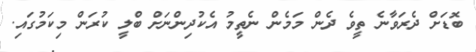
ބޮޑަށް ދެރަވާނެ ތީވެ ދެން މަމެން ނެތީމު އެކުދިންނަށް ބްލީ ކުރަން މިކަމުގައި.